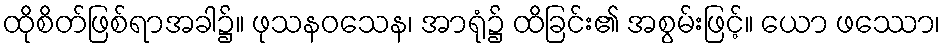
ထိုစိတ်ဖြစ်ရာအခါ၌။ ဖုသနဝသေန၊ အာရုံ၌ ထိခြင်း၏ အစွမ်းဖြင့်။ ယော ဖဿော၊